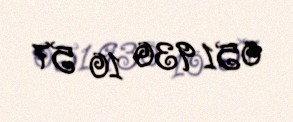
051 930 10 57